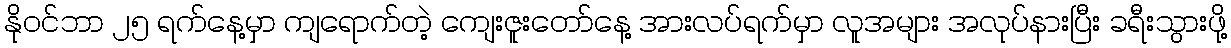
နိုဝင်ဘာ ၂၅ ရက်နေ့မှာ ကျရောက်တဲ့ ကျေးဇူးတော်နေ့ အားလပ်ရက်မှာ လူအများ အလုပ်နားပြီး ခရီးသွားဖို့